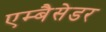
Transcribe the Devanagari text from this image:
एम्बैसेडर